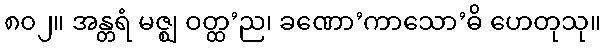
၈၀၂။ အန္တရံ မဇ္ဈ ဝတ္ထ’ည၊ ခဏော’ကာသော’ဓိ ဟေတုသု။